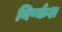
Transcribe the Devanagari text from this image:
निर्ष्कश